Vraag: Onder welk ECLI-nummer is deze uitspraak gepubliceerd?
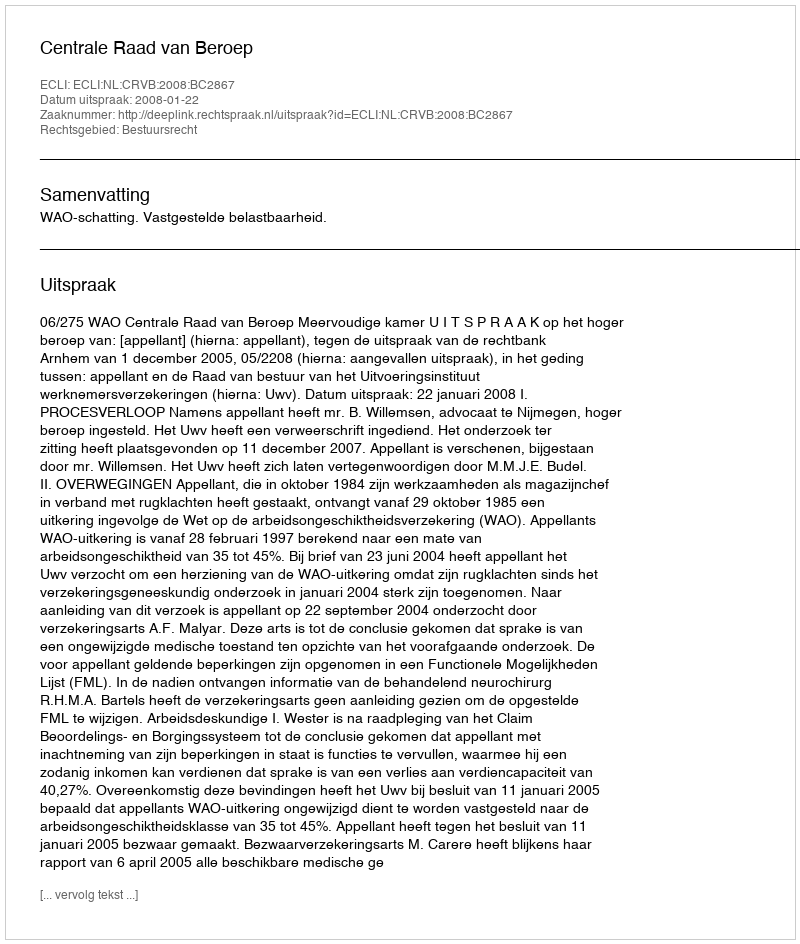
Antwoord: ECLI:NL:CRVB:2008:BC2867